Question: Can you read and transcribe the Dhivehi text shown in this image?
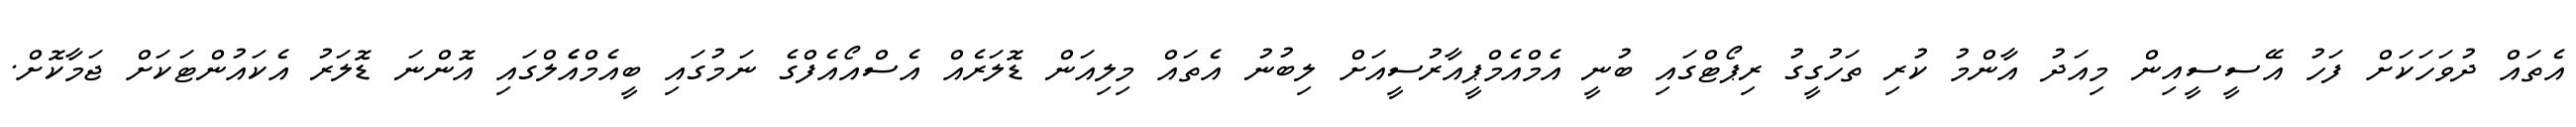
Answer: އެތައް ދުވަހަކަށް ފަހު އޭސީސީއިން މިއަދު އާންމު ކުރި ތަހުގީގު ރިޕޯޓްގައި ބުނީ އެމްއެމްޕީއާރުސީއަށް ލިބުނު އެތައް މިލިއަން ޑޮލަރެއް އެސްއޯއެފްގެ ނަމުގައި ބީއެމްއެެލްގައި އޮންނަ ޑޮލަރު އެކައުންޓަކަށް ޖަމާކޮށް.